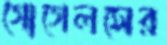
গোগেলসের